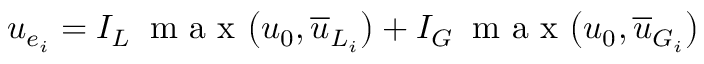
u _ { e _ { i } } = I _ { L } \: \mathrm { ~ m ~ a ~ x ~ } \big ( u _ { 0 } , \overline { { u } } _ { L _ { i } } \big ) + I _ { G } \: \mathrm { ~ m ~ a ~ x ~ } \big ( u _ { 0 } , \overline { { u } } _ { G _ { i } } \big )